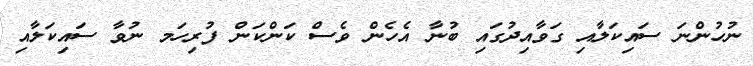
ނުހުންނަ ސައިކަލާއި ގަވާއިދުގައި ބުނާ އެހެން ވެސް ކަންކަން ފުރިހަަމ ނުވާ ސައިކަލާއި